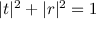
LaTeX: | t | ^ { 2 } + | r | ^ { 2 } = 1